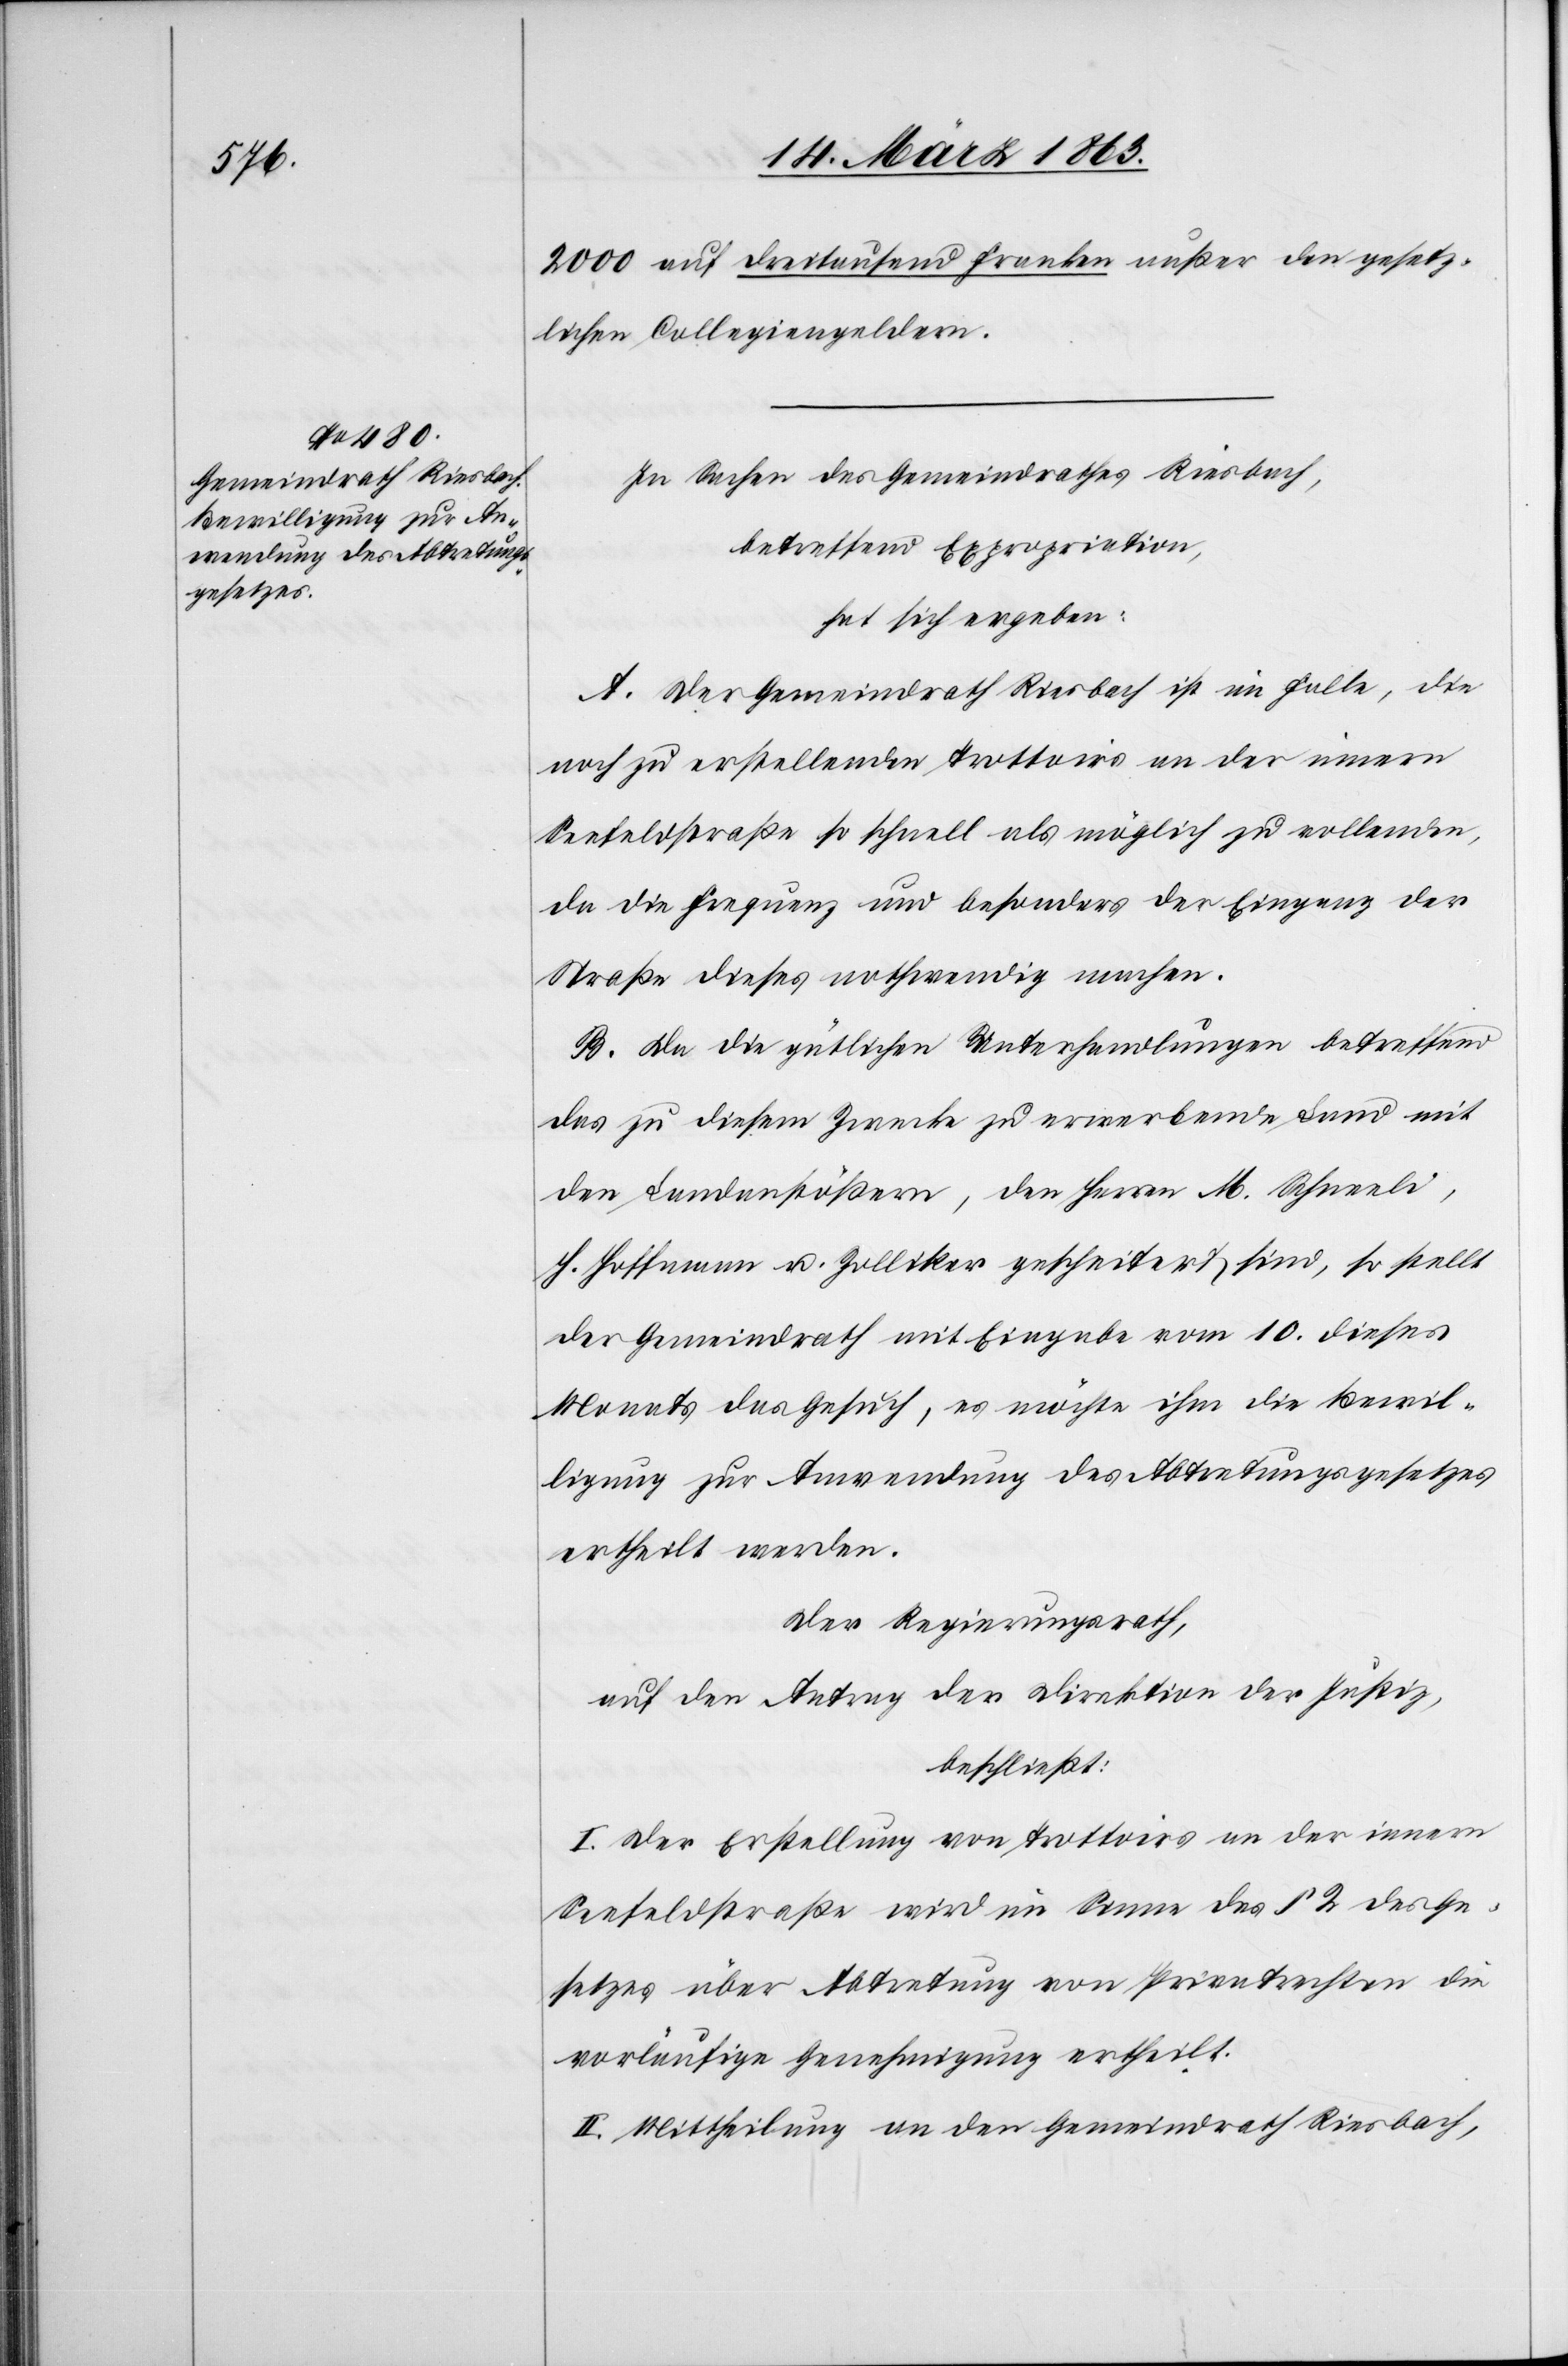
2000 auf dreitausend Franken außer den gesetz¬
lichen Collegiengeldern.
In Sachen des Gemeindrathes Riesbach,
betreffend Expropriation,
hat sich ergeben:
A. Der Gemeindrath Riesbach ist im Falle, die
noch zu erstellenden Trottoirs an der innern
Seefeldstraße so schnell als möglich zu vollenden,
da die Frequenz und besonders der Eingang der
Straße dieses nothwendig machen.
B. Da die gütlichen Unterhandlungen betreffend
das zu diesem Zwecke zu erwerbende Land mit
den Landanstößern, den Herren M. Schneeli,
H. Hoffmann u. Zolliker gescheitert sind, so stellt
der Gemeindrath mit Eingabe vom 10. dieses
Monats das Gesuch, es möchte ihm die Bewil¬
ligung zur Anwendung des Abtretungsgesetzes
ertheilt werden.
Der Regierungsrath,
auf den Antrag der Direktion der Justiz,
beschließt:
I. Der Erstellung von Trottoirs an der innern
Seefeldstraße wird im Sinne des § 2 des Ge¬
setzes über Abtretung von Privatrechten die
vorläufige Genehmigung ertheilt.
II. Mittheilung an den Gemeindrath Riesbach,